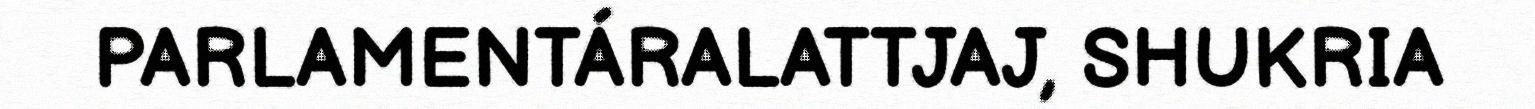
PARLAMENTÁRALATTJAJ, SHUKRIA